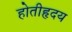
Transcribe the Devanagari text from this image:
होतीहृदय